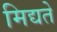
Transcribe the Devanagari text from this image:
मिद्यते